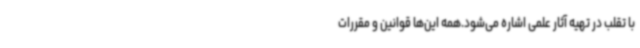
با تقلب در تهیه آثار علمی اشاره می‌شود.همه این‌ها قوانین و مقررات